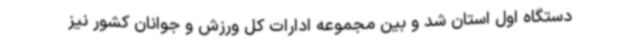
دستگاه اول استان شد و بین مجموعه ادارات کل ورزش و جوانان کشور نیز